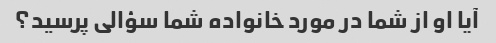
آیا او از شما در مورد خانواده شما سؤالی پرسید؟